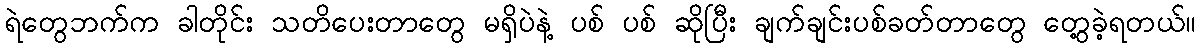
ရဲတွေဘက်က ခါတိုင်း သတိပေးတာတွေ မရှိပဲနဲ့ ပစ် ပစ် ဆိုပြီး ချက်ချင်းပစ်ခတ်တာတွေ တွေ့ခဲ့ရတယ်။